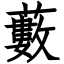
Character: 藪